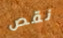
نقص